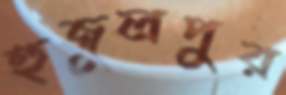
হুজুলপুর